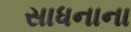
સાધનાના